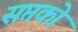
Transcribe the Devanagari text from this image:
सप्तको